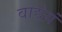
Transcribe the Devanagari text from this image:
वाद्येयं